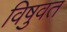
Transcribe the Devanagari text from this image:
विषुवत